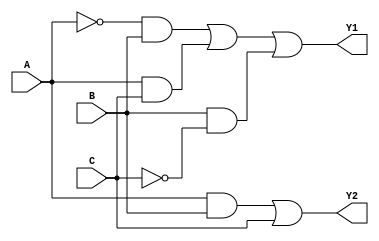
module comb_logic(
    input wire A,       // Input A
    input wire B,       // Input B
    input wire C,       // Input C
    output wire Y1,     // Output Y1
    output wire Y2      // Output Y2
);

// Minimized Boolean expressions:
// Y1 = A'B + AC + BC'
// Y2 = AB + C

// Intermediate signals
wire A_not = ~A;       // NOT A
wire B_not = ~B;       // NOT B
wire C_not = ~C;       // NOT C

// Logic for Y1
wire term1 = A_not & B;      // A'B
wire term2 = A & C;          // AC
wire term3 = B & C_not;      // BC'
assign Y1 = term1 | term2 | term3; // Y1 = A'B + AC + BC'

// Logic for Y2
wire term4 = A & B;          // AB
assign Y2 = term4 | C;       // Y2 = AB + C

endmodule